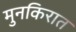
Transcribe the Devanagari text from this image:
मुनकिरात